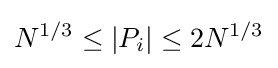
N^{1/3}\leq |P_{i}|\leq 2N^{1/3}